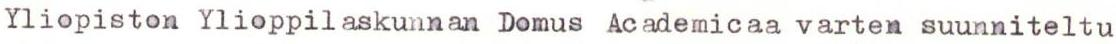
Yliopiston Ylioppilaskunnan Domus Academicaa varten suunniteltu